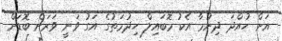
އަށް ހުއްދަ ދިނުމާ އެކު މޮބައިލް ހިދުމަތުގެ އަގު ވަނީ ވަރަށް ބޮޑަށް